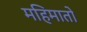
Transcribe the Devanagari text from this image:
महिमातो